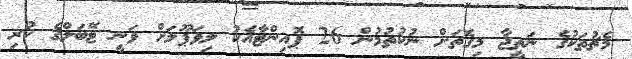
މެޗުތަކުގެ ނަތީޖާ މިގޮތަށް ނުކުތުމުން 26 ޕޮއިންޓާއެކު ލިވަޕޫލަށް ވަނީ ޓޭބަލްގެ ކުރި